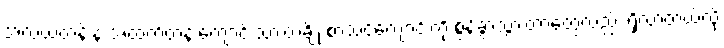
အလယ်တန်းနဲ့ အထက်တန်းကျောင်းသားတချို့ စာသင်ကျောင်းကို စွန့်ခွာသွားတာတွေလည်း ရှိလာတယ်လို့